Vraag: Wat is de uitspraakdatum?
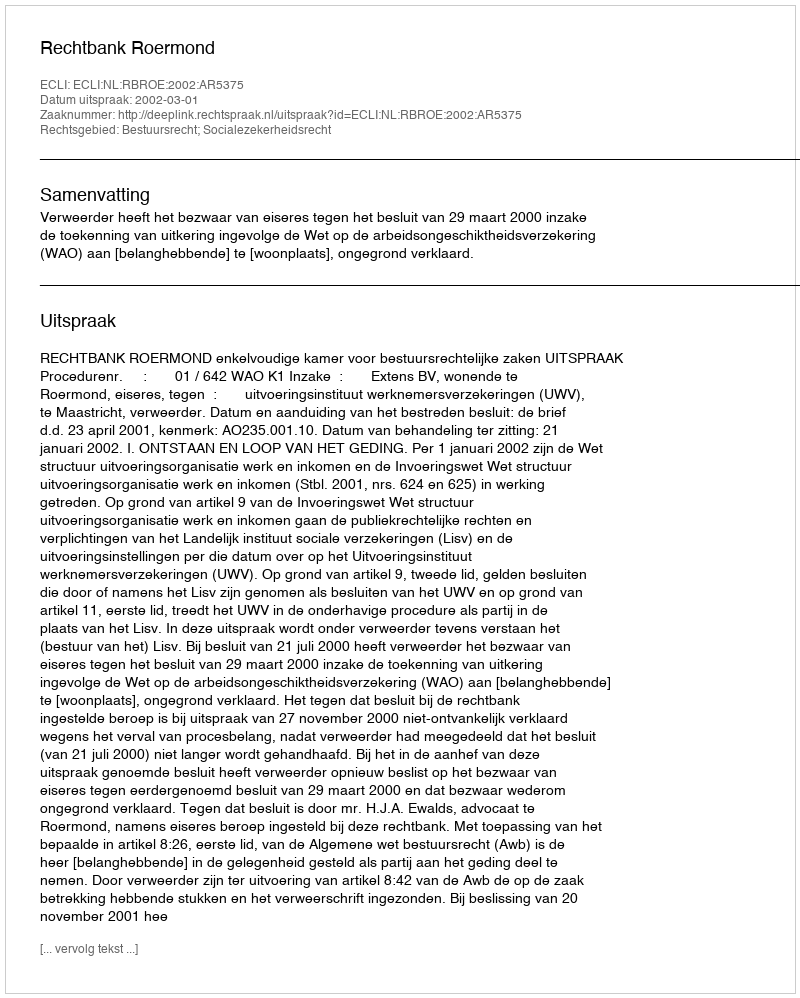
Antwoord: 2002-03-01